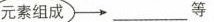
元素组成 等